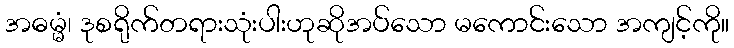
အဓမ္မံ၊ ဒုစရိုက်တရားသုံးပါးဟုဆိုအပ်သော မကောင်းသော အကျင့်ကို။